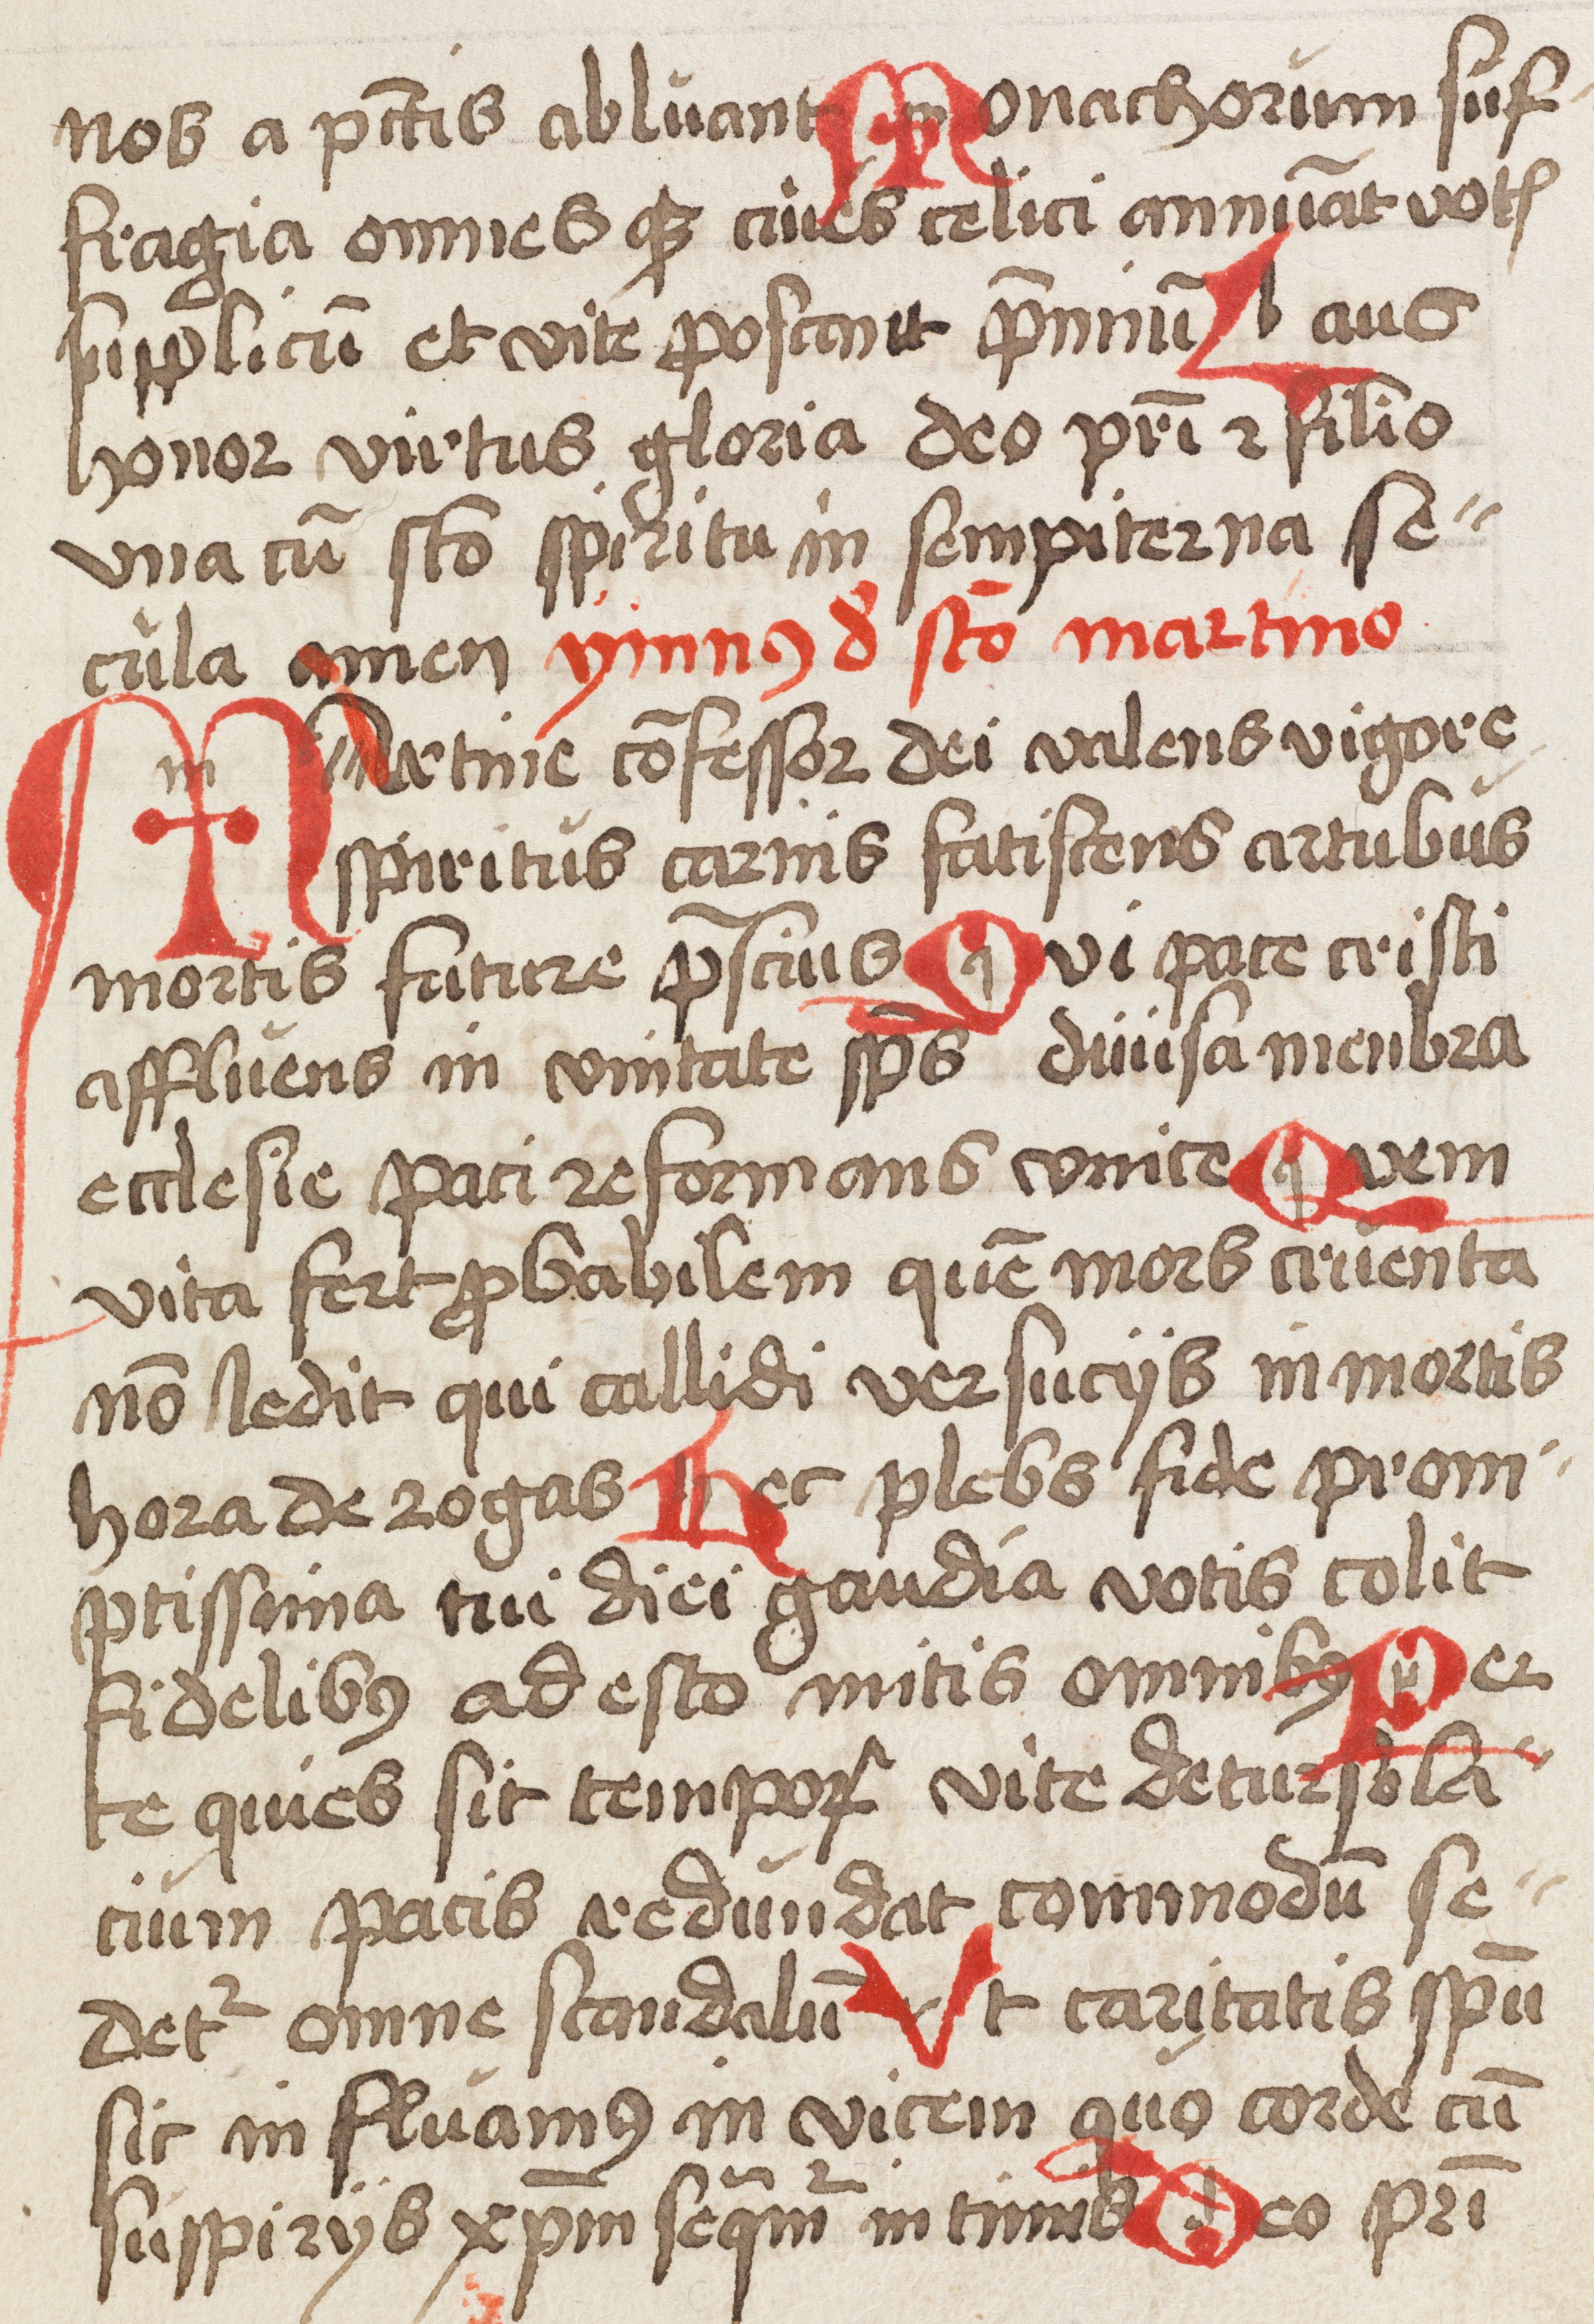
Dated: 1500–1524